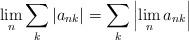
LaTeX: \begin{align*}\lim\limits_{n}\sum\limits_{k}\left| a_{nk}\right|=\sum\limits_{k}\left|\lim\limits_{n} a_{nk}\right|\end{align*}